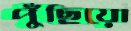
পুঁছিয়ো